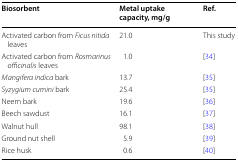
<table><thead><tr><td><b>Biosorbent</b></td><td><b>Metal uptake capacity, mg/g</b></td><td><b>Ref.</b></td></tr></thead><tbody><tr><td>Activated carbon from <i>Ficus nitida</i> leaves</td><td>21.0</td><td>This study</td></tr><tr><td>Activated carbon from <i>Rosmarinus officinalis</i> leaves</td><td>1.0</td><td>[34]</td></tr><tr><td><i>Mangifera indica</i> bark</td><td>13.7</td><td>[35]</td></tr><tr><td><i>Syzygium cumini</i> bark</td><td>25.4</td><td>[35]</td></tr><tr><td>Neem bark</td><td>19.6</td><td>[36]</td></tr><tr><td>Beech sawdust</td><td>16.1</td><td>[37]</td></tr><tr><td>Walnut hull</td><td>98.1</td><td>[38]</td></tr><tr><td>Ground nut shell</td><td>5.9</td><td>[39]</td></tr><tr><td>Rice husk</td><td>0.6</td><td>[40]</td></tr></tbody></table>